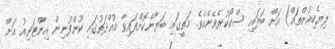
ލިޔެކިއުންތައް) އަށް ބަލައި ސްކޯކުރެވޭނެއެވެ. މަތީގައި ބަޔާންކޮށްފައިވާ މުއްދަތުގައި ކުންފުނިން އިންޓަވިއު އަށް